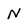
Character: N